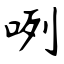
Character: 咧